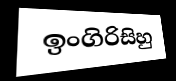
ඉංගිරිසිහු